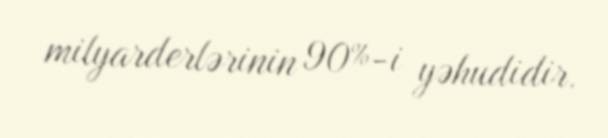
milyarderlərinin 90%-i yəhudidir.